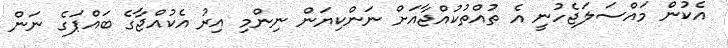
އެކުން މައްސަލަޖެހުނީ އެ ތުއްތުކުއްޖާއަށް ނަންކިޔަން ނިންމި އިރު އެކުއްޖާގެ ބައްޕަގެ ނަން